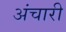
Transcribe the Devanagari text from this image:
अंचारी